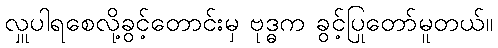
လှူပါရစေလို့ခွင့်တောင်းမှ ဗုဒ္ဓက ခွင့်ပြုတော်မူတယ်။